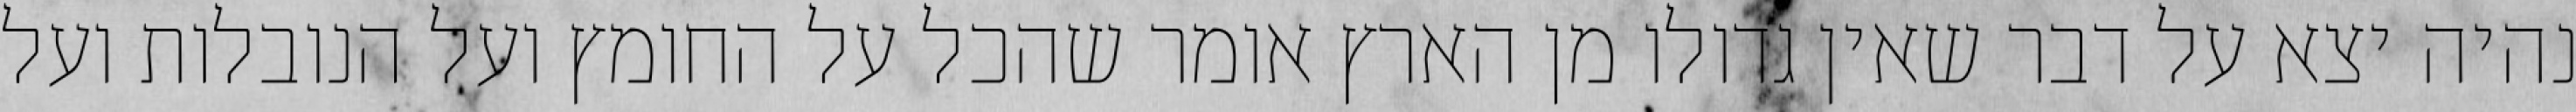
נהיה יצא על דבר שאין גדולו מן הארץ אומר שהכל על החומץ ועל הנובלות ועל